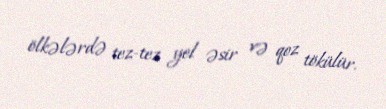
ölkələrdə tez-tez yel əsir və qoz tökülür.